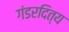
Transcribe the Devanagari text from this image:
गंडरदित्य